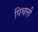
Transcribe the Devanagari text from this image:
पिचली